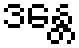
ဒန္တေ